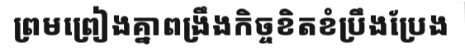
ព្រមព្រៀងគ្នាពង្រឹងកិច្ចខិតខំប្រឹងប្រែង